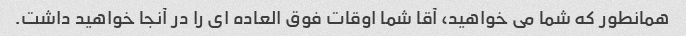
همانطور که شما می خواهید، آقا شما اوقات فوق العاده ای را در آنجا خواهید داشت.